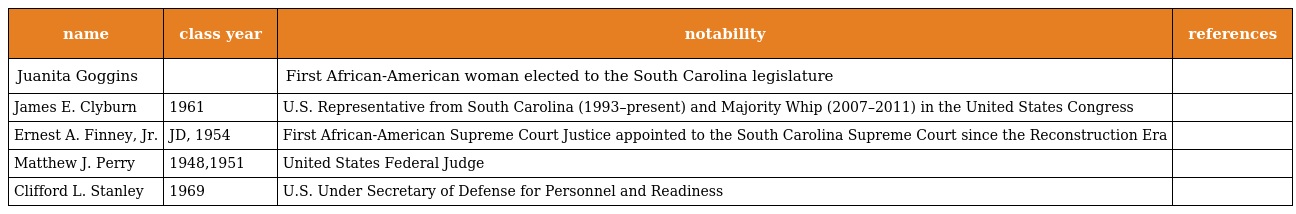
| name | class year | notability | references |
 | --- | --- | --- | --- |
 | Juanita Goggins |  | First African-American woman elected to the South Carolina legislature |  |
 | James E. Clyburn | 1961 | U.S. Representative from South Carolina (1993–present) and Majority Whip (2007–2011) in the United States Congress |  |
 | Ernest A. Finney, Jr. | JD, 1954 | First African-American Supreme Court Justice appointed to the South Carolina Supreme Court since the Reconstruction Era |  |
 | Matthew J. Perry | 1948,1951 | United States Federal Judge |  |
 | Clifford L. Stanley | 1969 | U.S. Under Secretary of Defense for Personnel and Readiness |  |